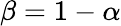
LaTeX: \beta=1-\alpha